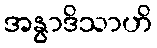
အနွာဒိသာဟိ